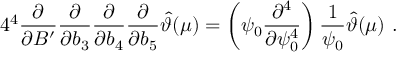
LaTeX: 4 ^ { 4 } \frac { \partial } { \partial B ^ { \prime } } \frac { \partial } { \partial b _ { 3 } } \frac { \partial } { \partial b _ { 4 } } \frac { \partial } { \partial b _ { 5 } } \hat { \vartheta } ( \mu ) = \left( \psi _ { 0 } \frac { \partial ^ { 4 } } { \partial \psi _ { 0 } ^ { 4 } } \right) \frac { 1 } { \psi _ { 0 } } \hat { \vartheta } ( \mu ) \ .